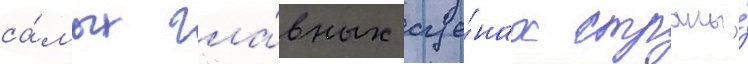
са́мых гла́вных сце́нах страны́